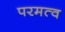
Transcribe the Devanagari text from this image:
परमत्व